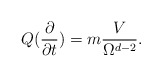
\begin{align*}Q(\frac{\partial }{\partial t})=m\frac{V}{\Omega ^{d-2}}.\end{align*}